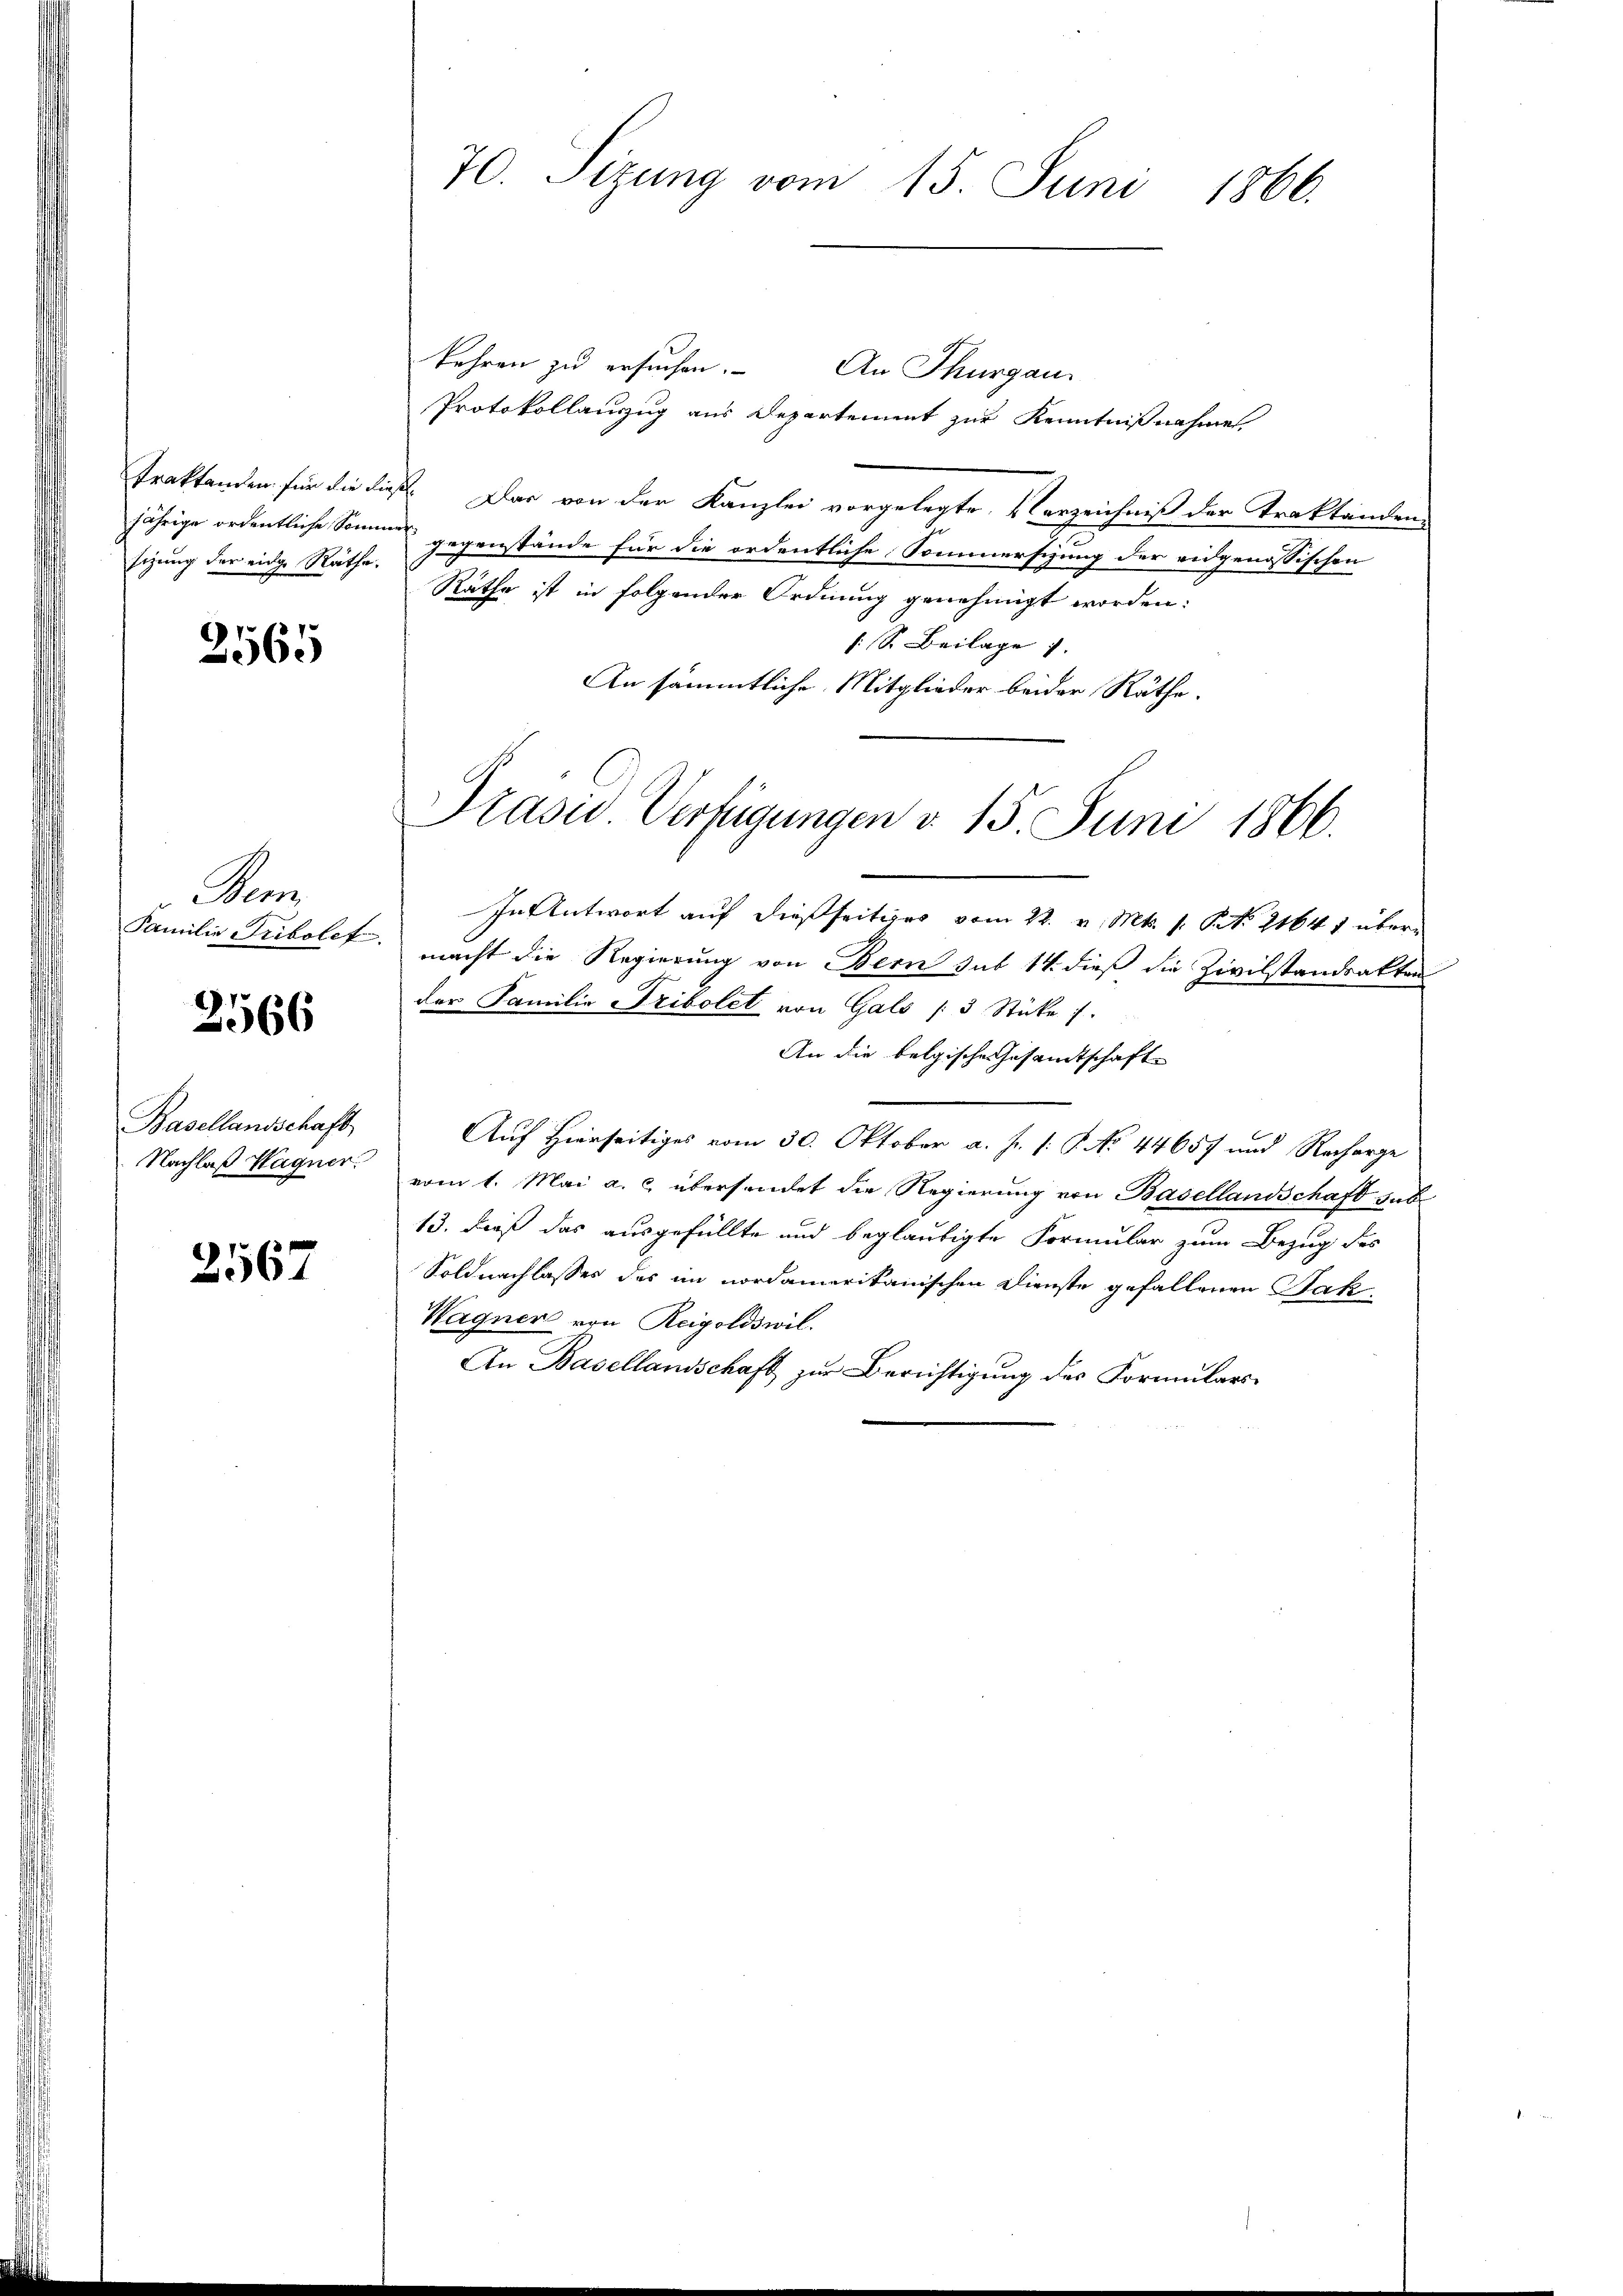
sizung der eidge Räthe.

2565

Sem

2566

kehren zu ersuchen. An Thurgau
Protokollauszug aus Departement zur Kenntnißnahme
Traktanden für die dieß. Dar von der Kanzlei vorgelegte, erzeichniß der Traktanden
jährige ordentliche Sonnen gegenstände für die ordentliche Sommersezung der eidgenössischen
Räthe ist in folgender Ordnung genehmigt worden:
: S. Beilage
An sämmtliche Mitglieder beider Räthe.
In Antwort auf dießseitiges vom 22. v. Mts. s. S. 21641 über¬
Familie Tribolet, macht die Regierung von Bern sub 14. dieß die Zivilstandsakter
der Familie Fribolet von Gals 3 Stüke /.
An die belgische Gesamtschaft
Auf Hierseitiges vom 30. Oktober a. f. 1: P. No 44657 und Recharge
Nachlaß Wagner. vom 1. Mai a. c. übersendet die Regierung von Basellandschaft sub
13. Dieß das ausgefüllte und beglaubigte Formular zum Bezug des
Soldnachlasses des im nordamerikanischen Dienste gefallenen Jak
Wagner von Reigoldswil.
An Basellandschaft zur Berichtigung des Formulars¬

Basellandschaft

2567

70. Sizung vom 15. Juni 1866.

Präsid. Verfügungen d. 15. Juni 1866.